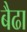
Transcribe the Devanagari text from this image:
बैढा